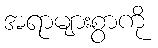
အရာများစွာကို